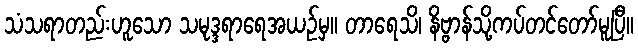
သံသရာတည်းဟူသော သမုဒ္ဒရာရေအယဉ်မှ။ တာရေသိ၊ နိဗ္ဗာန်သို့ကပ်တင်တော်မူပြီ။